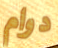
دوام